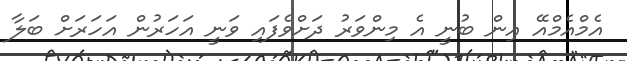
އެމްއެމްއޭ އިން ބުނީ އެ މިންވަރު ދަށްވެފައި ވަނީ އަހަރުން އަހަރަށް ބަލާ